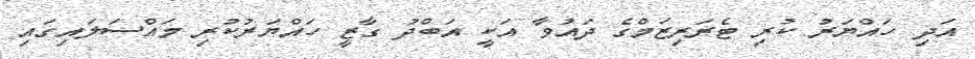
އަދި ހައްޔަރު ކުރި ޓެރަރިޒަމްގެ ދައުވާ އަކީ އަބްދު ގާޒީ ހައްޔަރުކުރި މައްސަލައިގައި